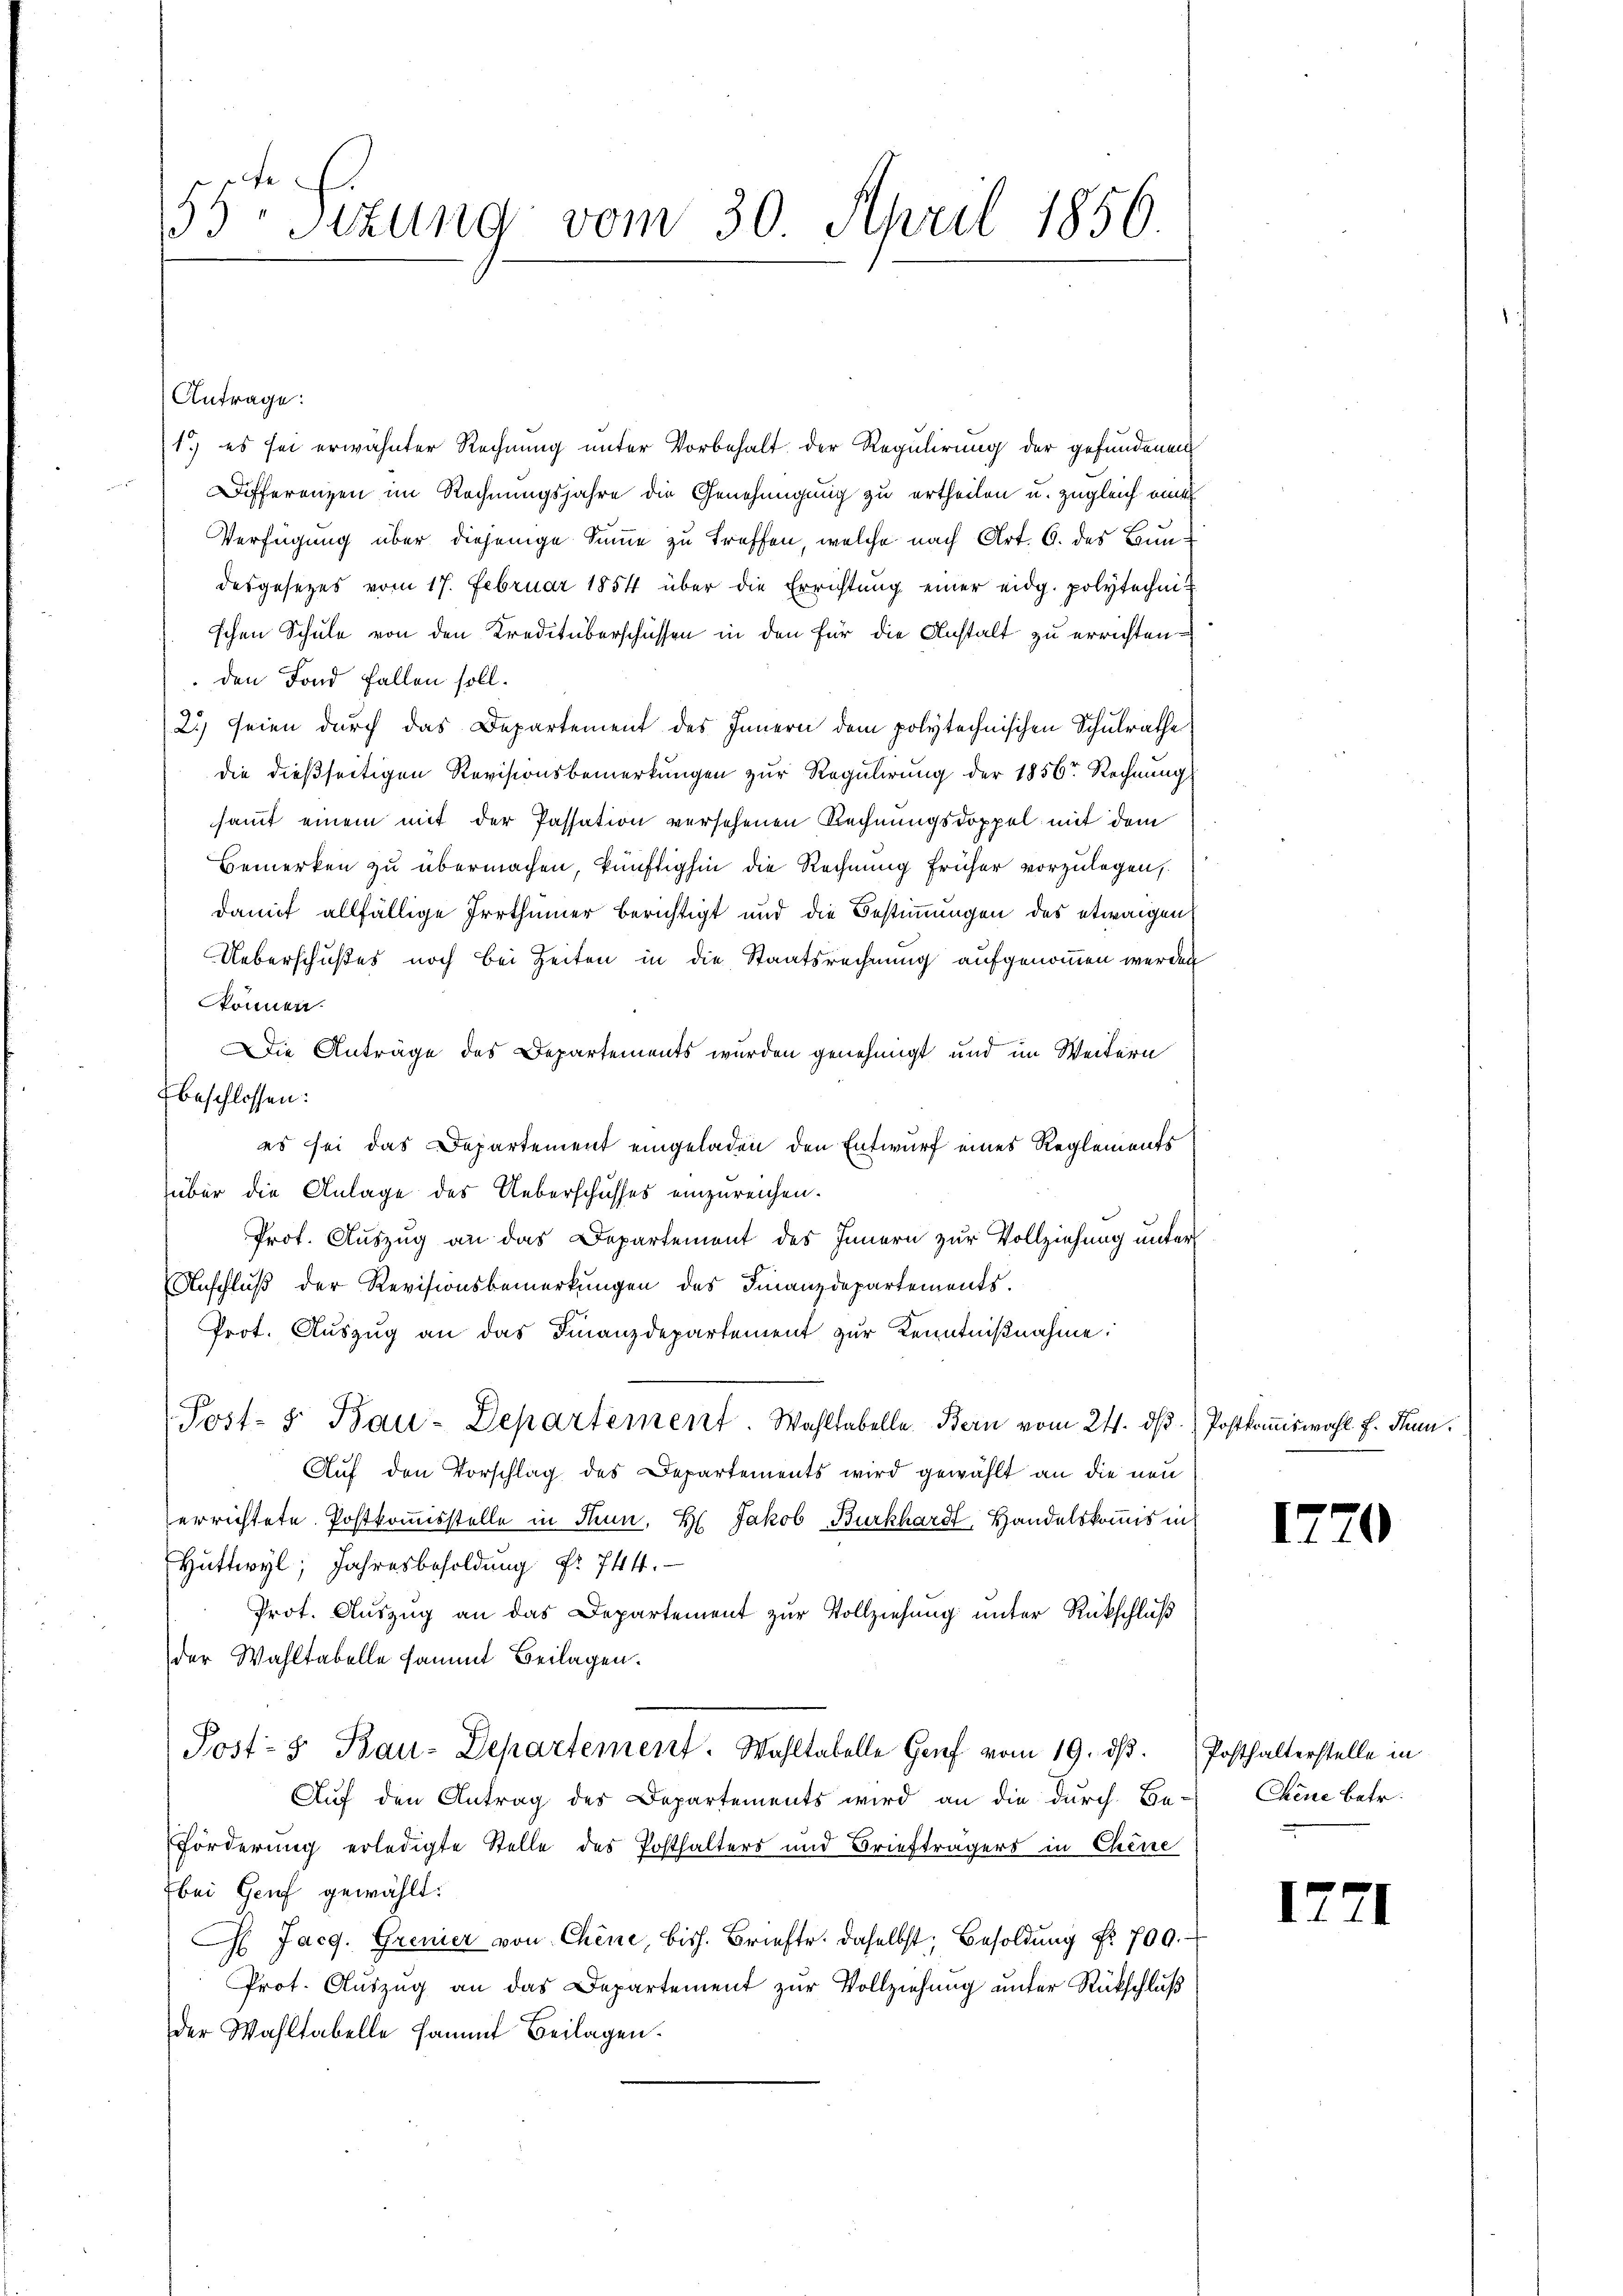
fe
55 sizung vom 30. April 1856.

Antrage:
1.) es sei erwähnter Rechnung unter Vorbehalt der Regulirung der gefundenen
Differenzen im Rechnungsjahre die Genehmigung zu ertheilen u. zugleich eine
Verfügung über diejenige Summe zu treffen, welche nach Art. 6. des Bundesgesetzes vom 17. Februar 1854 über die Errichtung einer eidg. polytechnit
schen Schule von den Kreditüberschüssen in den für die Anstalt zu errichten
den Fond fallen soll.
2) seien durch das Departement des Innern dem polytechnischen Schulrathe
die dießseitigen Revisionsbemerkungen zur Regulirung der 1856 Rechnung
sammt einem mit der Passation versehenen Rechnungsdoppel mit dem
Bemerken zu übermachen, künftighin die Rechnung früher vorzulegen,
damit allfällige Irrthümer berichtigt und die Bestimmungen des etwaigen
Ueberschußes noch bei Zeiten in die Staatsrechnung aufgenommen werden
können.
Die Anträge des Departements wurden genehmigt und im Weitern
beschlossen:
es sei das Departement eingeladen den Entwurf eines Reglements
über die Anlage des Ueberschusses einzureichen.
Prot. Auszug an das Departement des Innern zur Vollziehung unter
Anschlŭβ der Revisionsbemerkŭngen des Finanzdepartements.
Prot. Auszug an das Finanzdepartement zur Kenntnißnahme:
Post- & Bau-Departement. Wahltabelle Bern vom 24. d. Postkomiswahl f. dann
Auf den Vorschlag des Departements wird gewählt an die neu
errichtete Postkommisstelle in Thun, Hr. Jakob Burkhardt, Handelskommis in
Huttwyl, Jahresbesoldung Nr. 744.
Prot. Auszug an das Departement zur Vollziehung unter Rückschluß
der Wahltabelle sammt Beilagen.
Post- & Bau-Departement. Wahltabelle Genf vom 19. dβ. Posthalterstelle in
Auf den Antrag des Departements wird an die durch Be-
Förderung erledigte Stelle des Posthalters und Briefträgers in Chine
bei Genf gewählt:
 Jacg. Gremier von Chine, bish. Brieftr. daselbst, Besoldung Nr. 709.
Prot. Auszug an das Departement zur Vollziehung unter Rückschluß
der Wahltabelle sammt Beilagen.

1720

Chene betr.

12